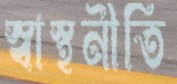
স্বাস্থনীতি